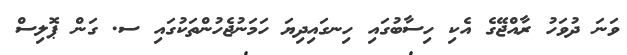
ވަނަ ދުވަހު ރާއްޖޭގެ އެކި ހިސާބުގައި ހިނގައިދިޔަ ހަމަނުޖެހުންތަކުގައި ސ. ގަން ޕޮލިސް